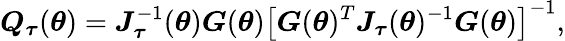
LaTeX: \boldsymbol{Q}_{\boldsymbol{\tau}}(\boldsymbol{\theta})=\boldsymbol{J}_{\boldsymbol{\tau}}^{-1}(\boldsymbol{\theta})\boldsymbol{G}(\boldsymbol{\theta})\left[\boldsymbol{G}(\boldsymbol{\theta})^{T}\boldsymbol{J}_{\boldsymbol{\tau}}(\boldsymbol{\theta})^{-1}\boldsymbol{G}(\boldsymbol{\theta})\right]^{-1},